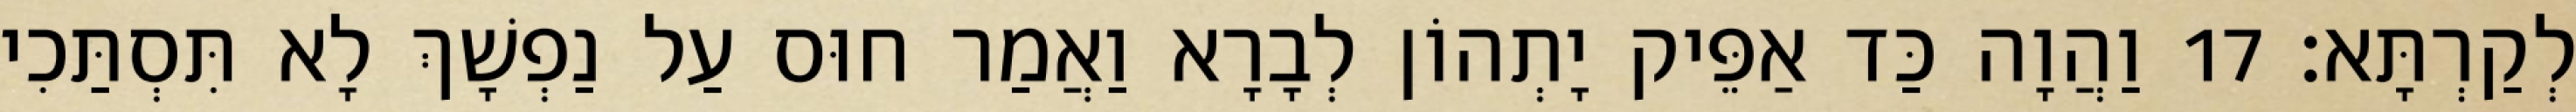
לְקַרְתָּא׃ 17 וַהֲוָה כַּד אַפֵּיק יָתְהוֹן לְבָרָא וַאֲמַר חוּס עַל נַפְשָׁךְ לָא תִּסְתַּכִי